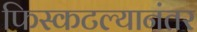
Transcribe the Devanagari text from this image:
फिस्कटल्यानंतर